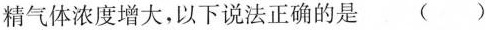
精气体浓度增大，以下说法正确的是()